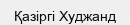
Қазіргі Худжанд